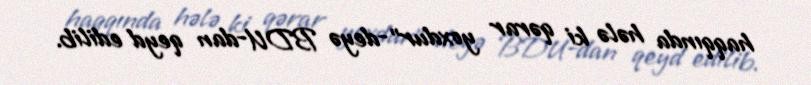
haqqında hələ ki qərar yoxdur”-deyə BDU-dan qeyd edilib.